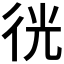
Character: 𢓥